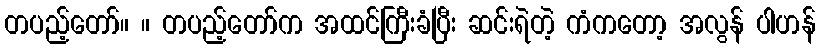
တပည့်တော်။ ။ တပည့်တော်က အထင်ကြီးခံပြီး ဆင်းရဲတဲ့ ကံကတော့ အလွန် ပါဟန်